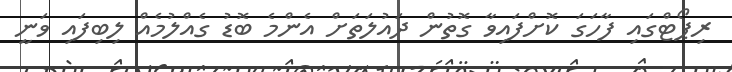
ރިޕޯޯޓްގައި ފާހަގަ ކޮށްފައިވާ ގޮތުން ދައުލަތަށް އެންމެ ބޮޑު ގެއްލުމެއް ލިބިފައި ވަނީ